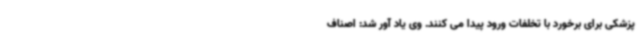
پزشکی برای برخورد با تخلفات ورود پیدا می کنند. وی یاد آور شد: اصناف